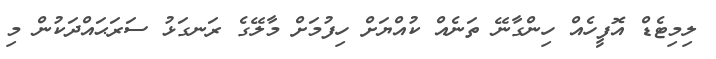
ލިމިޓެޑް އޮފީހެއް ހިންގާނޭ ތަނެއް ކުއްޔަށް ހިފުމަށް މާލޭގެ ރަނގަޅު ސަރަޙައްދަކުން މި